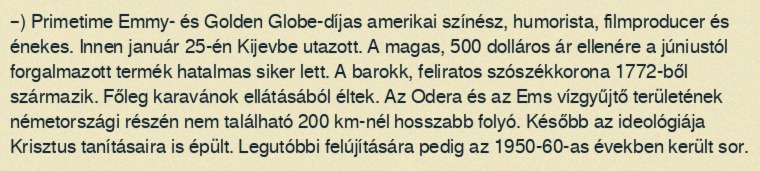
–) Primetime Emmy- és Golden Globe-díjas amerikai színész, humorista, filmproducer és énekes. Innen január 25-én Kijevbe utazott. A magas, 500 dolláros ár ellenére a júniustól forgalmazott termék hatalmas siker lett. A barokk, feliratos szószékkorona 1772-ből származik. Főleg karavánok ellátásából éltek. Az Odera és az Ems vízgyűjtő területének németországi részén nem található 200 km-nél hosszabb folyó. Később az ideológiája Krisztus tanításaira is épült. Legutóbbi felújítására pedig az 1950-60-as években került sor.